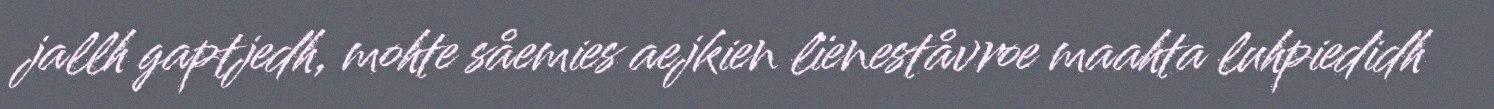
jallh gaptjedh, mohte såemies aejkien lïeneståvroe maahta luhpiedidh